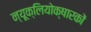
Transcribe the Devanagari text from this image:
न्यूक्लियोक्षारकों